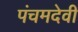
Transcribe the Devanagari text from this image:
पंचमदेवी